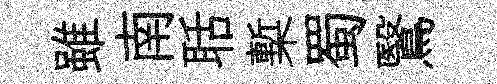
雖南聒槧蜀鷖